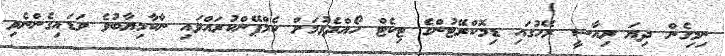
ނިމިގެން ދިޔަ ރިއާސީ ރޭހުގައި ޑިމޮކްރޭޓުންގެ ޓިކެޓް ހޯއްދެވުމަށް ކެމްޕޭންކުރައްވައި ނާކާމިޔާބުވެ ވަޑައިގެންނެވި